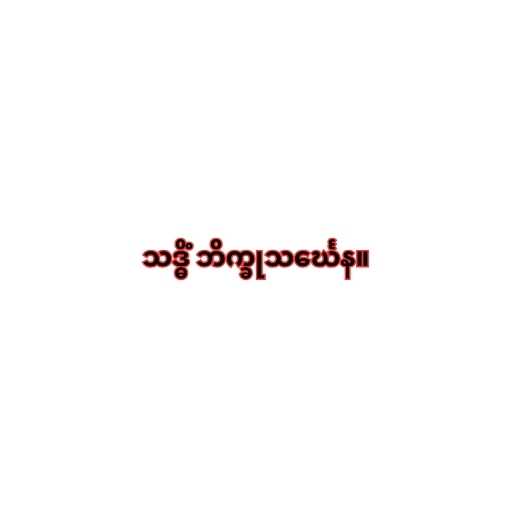
သဒ္ဓိံ ဘိက္ခုသင်္ဃေန။